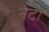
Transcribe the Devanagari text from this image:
नेटा